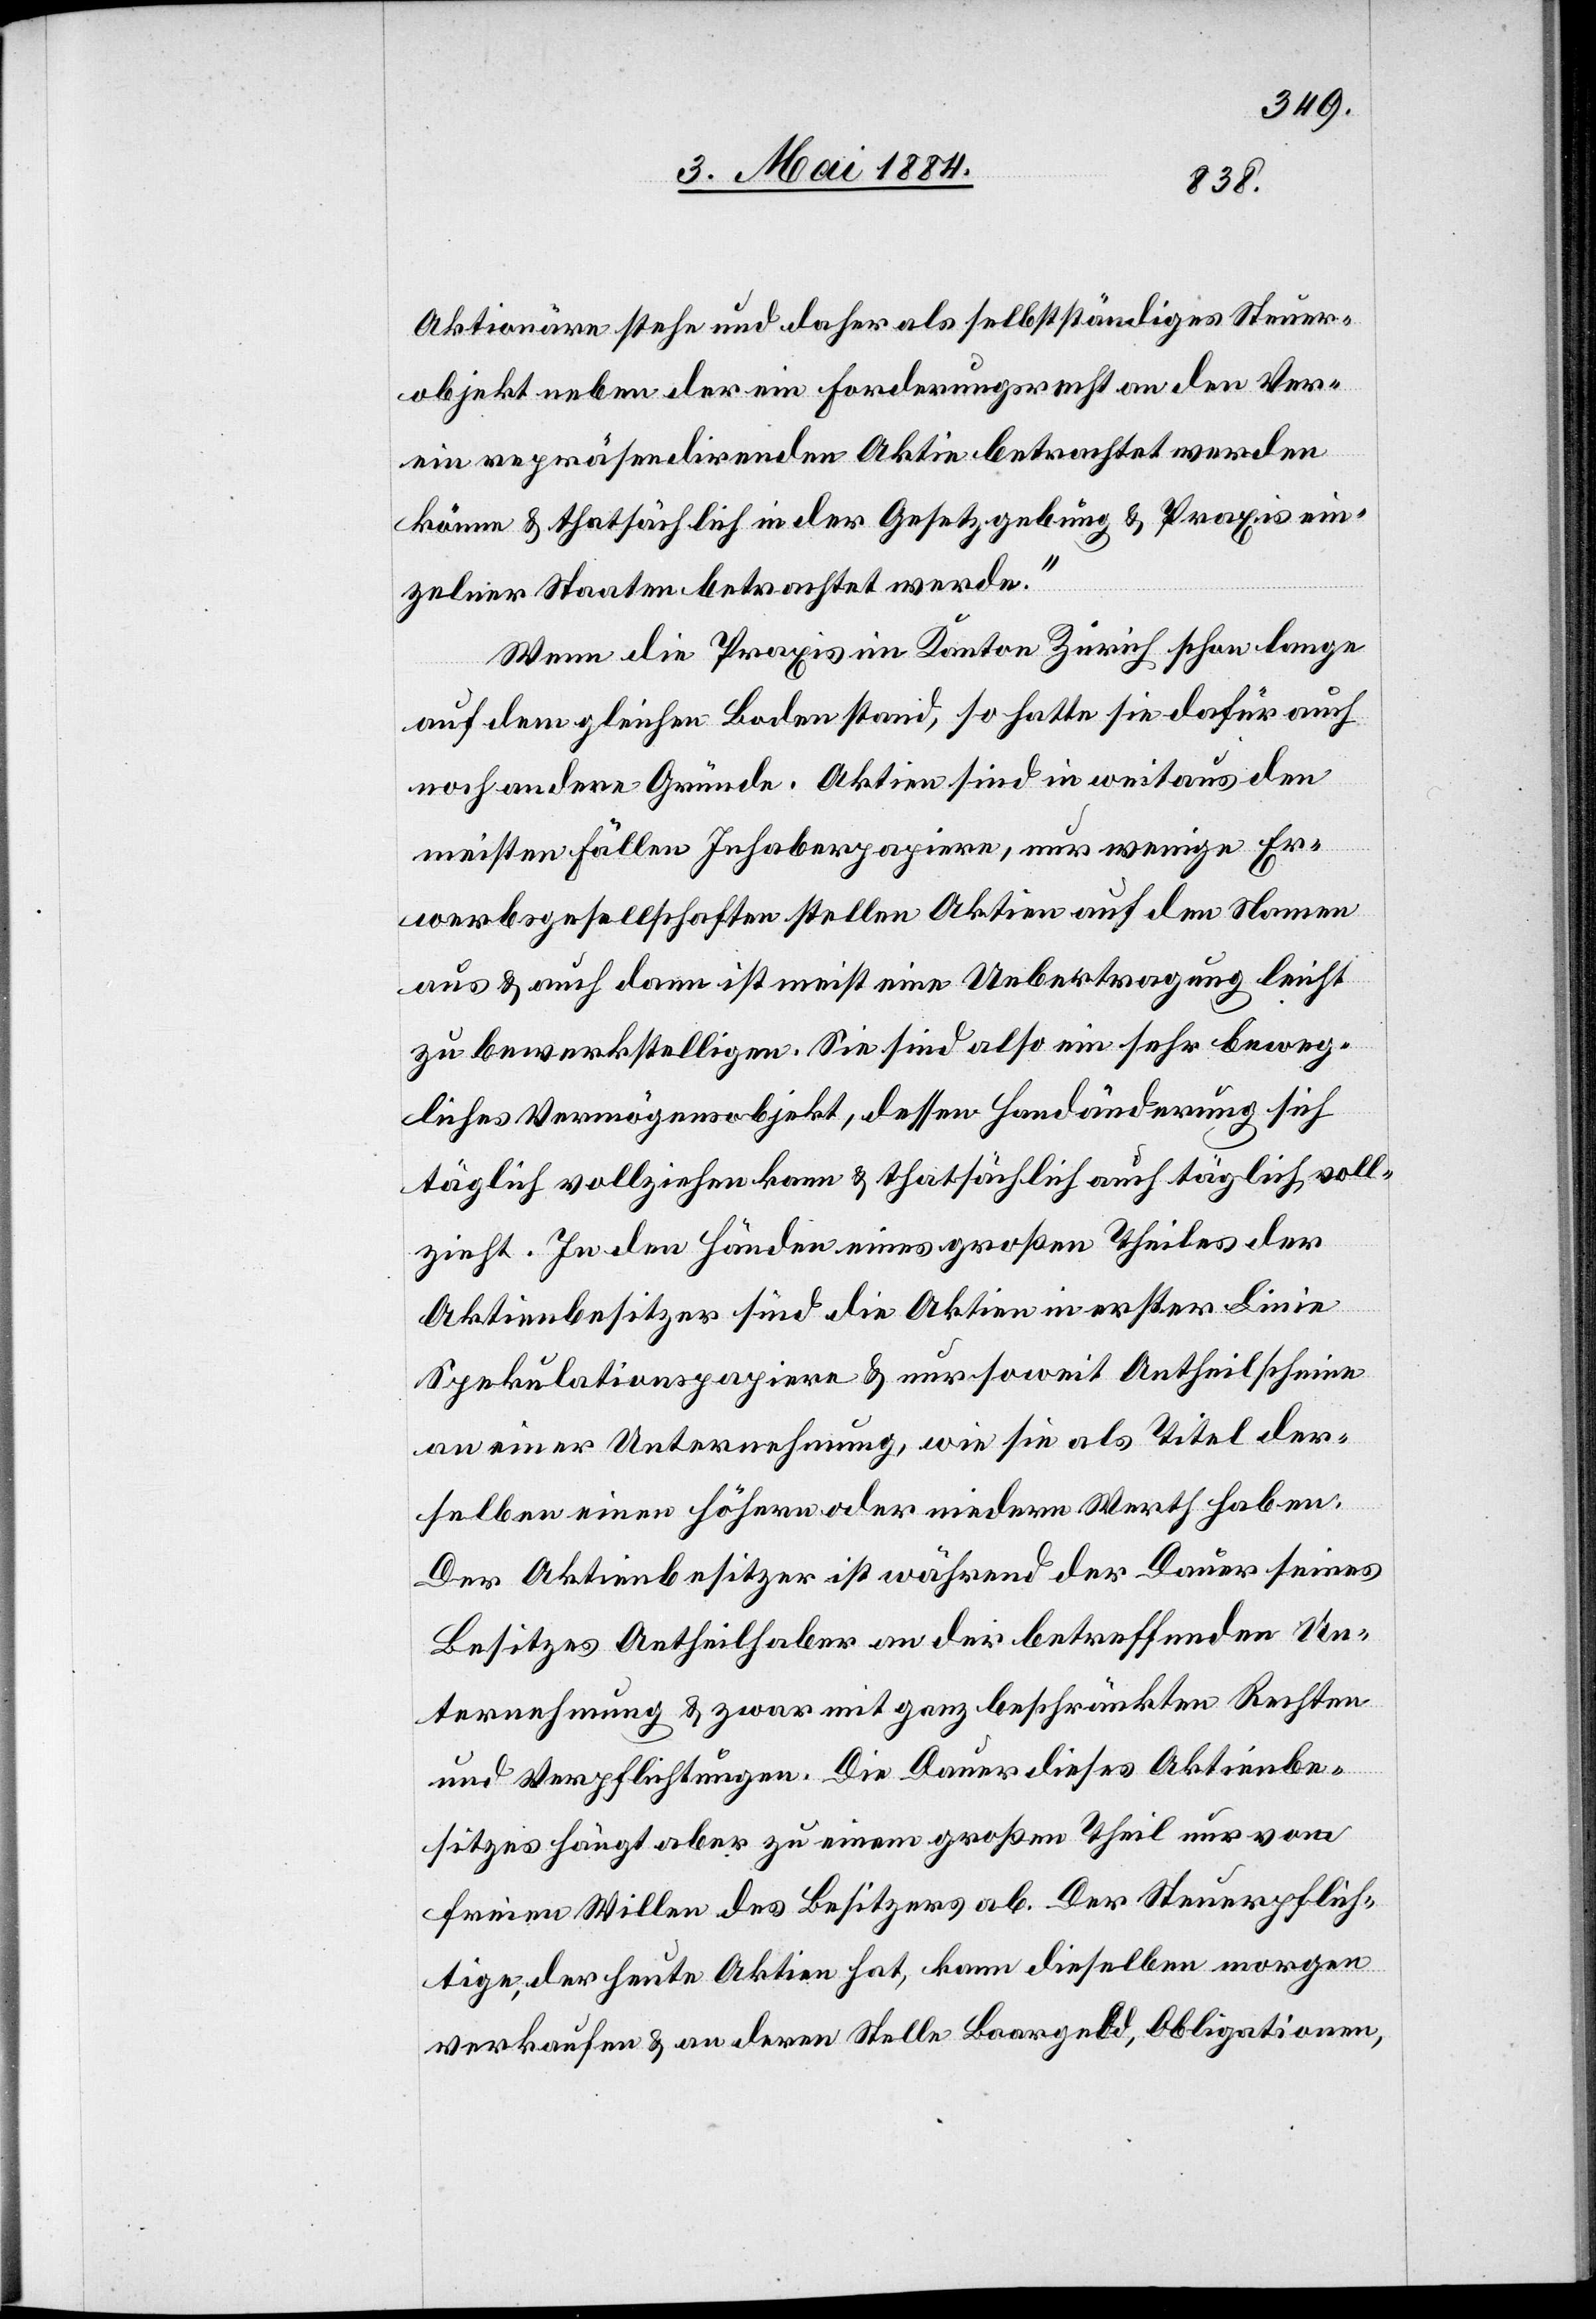
Aktionäre stehe und daher als selbstständiges Steuer¬
objekt neben der ein Forderungsrecht an den Ver¬
ein repräsendirenden Akte betrachtet werden
könne & thatsächlich in der Gesetzgebung & Praxis ein¬
zelner Staaten betrachtet werde.“
Wenn die Praxis im Kanton Zürich schon lange
auf dem gleichen Boden stand, so halte sie dafür auch
noch andere Gründe. Aktien sind in weitaus den
meisten Fällen Inhaberpapiere, nur wenige Er¬
werbsgesellschaften stellen Aktien auf den Namen
aus & auch dann ist meist eine Uebertragung leicht
zu bewerkstelligen. Sie sind also ein sehr beweg¬
liches Vermögensobjekt, dessen Handänderung sich
täglich vollziehen kann & thatsächlich auch täglich voll¬
zieht. In den Händen eines großen Theiles der
Aktienbesitzer sind die Aktien in erster Linie
Spekulationspapiere & nur soweit Antheilscheine
an einer Unternehmung, wie sie als Titel der¬
selben einen höhern oder niedern Werth haben.
Der Aktienbesitzer ist während der Dauer seines
Besitzes Antheil aber an der betreffenden Un¬
ternehmung & zwar mit ganz beschränkten Rechten
und Verpflichtungen. Die Dauer dieses Aktienbe¬
sitzes hängt aber zu einem großen Theil nur vom
freien Willen des Besitzers ab. Der Steuerpflich¬
tige, der heute Aktien hat, kann dieselben morgen
verkaufen & an deren Stelle Baargeld, Obligationen,